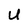
Character: U